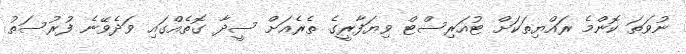
ނުވަތަ ކޮންމެ ރައްޔިތަކަށް ޓުއަރިސްޓް ވިޔަފާރީގެ ތެރެއަށް ސީދާ ގޮތެއްގައި ވަދެވޭނެ ފުރުސަތު